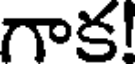
గాక!